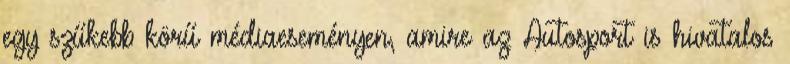
egy szűkebb körű médiaeseményen, amire az Autosport is hivatalos